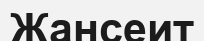
Жансеит